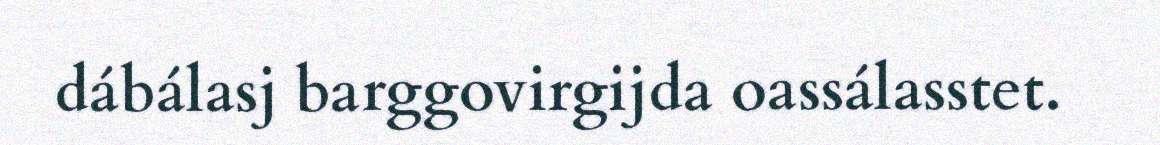
dábálasj barggovirgijda oassálasstet.